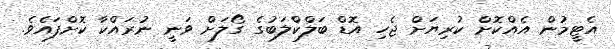
އެޓީމުން އެއްކޮށް ކުރިޔަށް ޖެހި އޮޑް ބަލްކްލަބުގެ ގޯލަށް ވަނީ ނުރައްކާ ކޮށްފައެވެ.